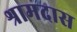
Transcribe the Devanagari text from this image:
श्रामदास